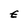
Character: E